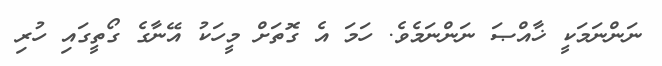
ނަންނަމަކީ ޚާއްޞަ ނަންނަމެވެ. ހަމަ އެ ގޮތަށް މީހަކު އޭނާގެ ގޯތީގައި ހުރި